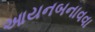
આયનબનાવવા